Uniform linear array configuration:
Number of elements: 12
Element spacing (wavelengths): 1
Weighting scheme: cosine
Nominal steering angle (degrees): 45
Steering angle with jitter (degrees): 45.563
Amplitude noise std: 0.05
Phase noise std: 0.05

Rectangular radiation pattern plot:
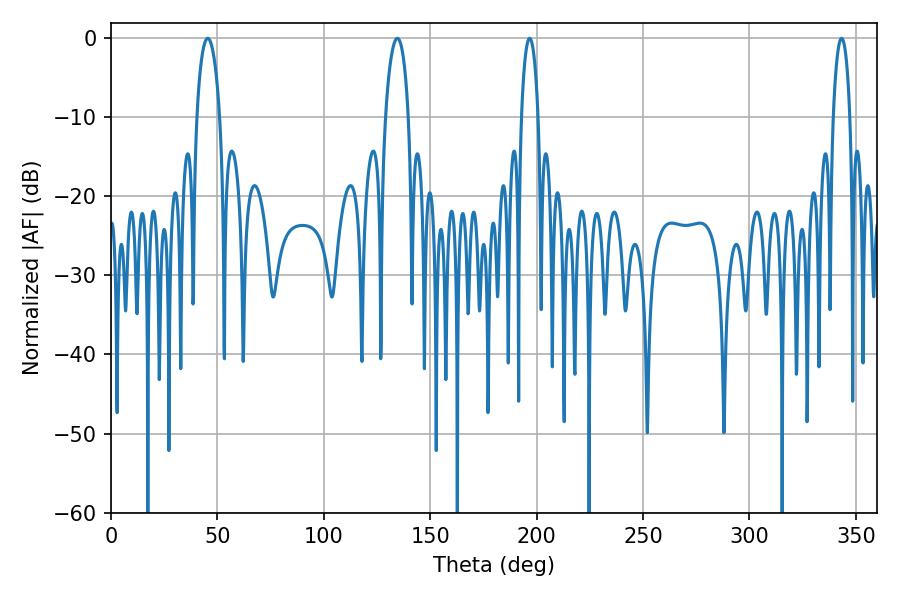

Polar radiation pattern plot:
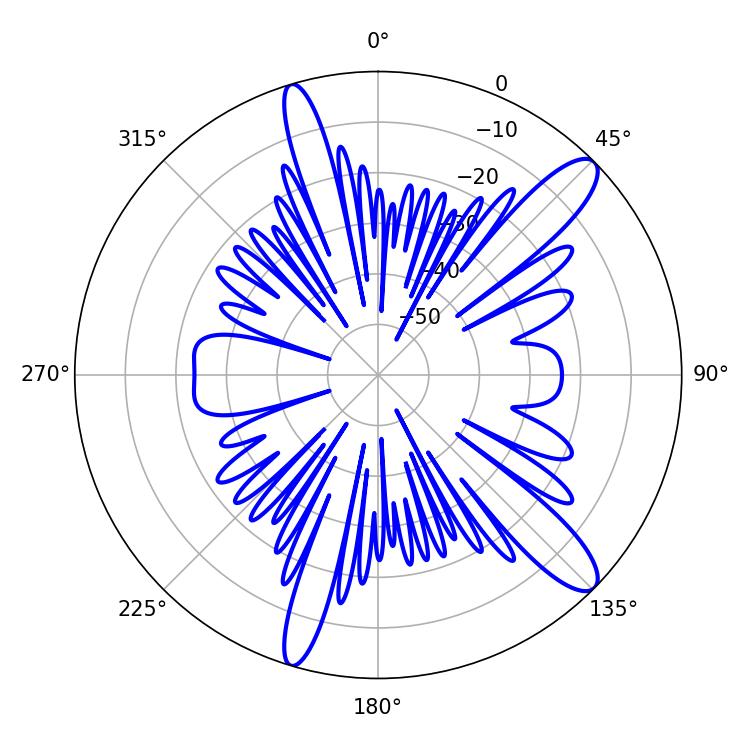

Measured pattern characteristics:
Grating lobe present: TRUE
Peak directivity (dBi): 12.251
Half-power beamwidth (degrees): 4.32
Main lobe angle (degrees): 196.74